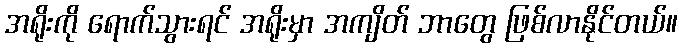
အရိုးကို ရောက်သွားရင် အရိုးမှာ အကျိတ် ဘာတွေ ဖြစ်လာနိုင်တယ်။